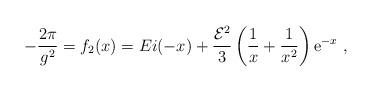
LaTeX: \begin{align*}-{2\pi\over g^{2}}=f_{2}(x)=Ei(-x)+{{\cal E}^{2}\over3}\left({1\over x}+{1\over x^{2}}\right){\mathrm e}^{-x}\ ,\end{align*}